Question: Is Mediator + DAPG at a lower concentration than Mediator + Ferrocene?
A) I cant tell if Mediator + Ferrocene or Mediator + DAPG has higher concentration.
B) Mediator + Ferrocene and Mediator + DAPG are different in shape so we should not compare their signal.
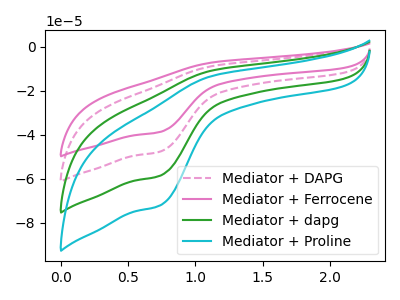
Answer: <think>The pink dashed curve "Mediator + DAPG" has an anodic peak at (1.10V, -8.70uA) and a cathodic peak at (0.75V, -47.65uA). The pink curve "Mediator + Ferrocene" has an anodic peak at (1.10V, -7.10uA) and a cathodic peak at (0.75V, -38.70uA). The green curve "Mediator + dapg" has an anodic peak at (1.10V, -17.45uA) and a cathodic peak at (0.75V, -95.30uA). The cyan curve "Mediator + Proline" has an anodic peak at (1.10V, -26.15uA) and a cathodic peak at (0.75V, -142.95uA).
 All the peaks in "Mediator + Ferrocene" have a peak in "Mediator + DAPG" at the same potential.</think>
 <answer>A) I cant tell if "Mediator + Ferrocene" or "Mediator + DAPG" has higher concentration.</answer>
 <eval>A</eval>